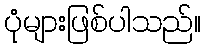
ပုံများဖြစ်ပါသည်။